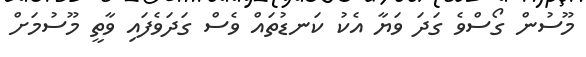
މޫސުން ގޯސްވެ ގަދަ ވަޔާ އެކު ކަނޑުތައް ވެސް ގަދަވެފައި ވާތީ މޫސުމަށް